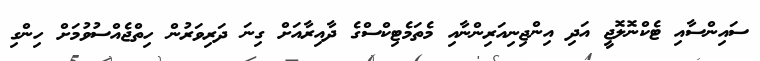
ސައިންސާއި ޓެކްނޮލޮޖީ އަދި އިންޖިނިއަރިންނާއި މެތަމެޓިކްސްގެ ދާއިރާއަށް ގިނަ ދަރިވަރުން ހިތްޖެއްސުވުމަށް ހިންގި